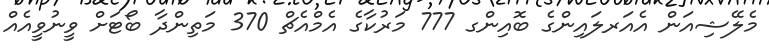
މެލޭޝިއަން އެއަރލައިންގެ ބޮއިންގ 777 މަރުކާގެ އެމްއެޗް 370 މަތިންދާ ބޯޓަށް ވީނުވީއެއް